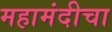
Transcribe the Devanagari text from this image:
महामंदीचा